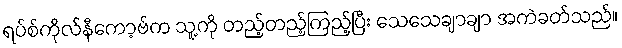
ရပ်စ်ကိုလ်နီကော့ဗ်က သူ့ကို တည့်တည့်ကြည့်ပြီး သေသေချာချာ အကဲခတ်သည်။